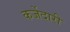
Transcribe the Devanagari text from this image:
कर्जेदारी